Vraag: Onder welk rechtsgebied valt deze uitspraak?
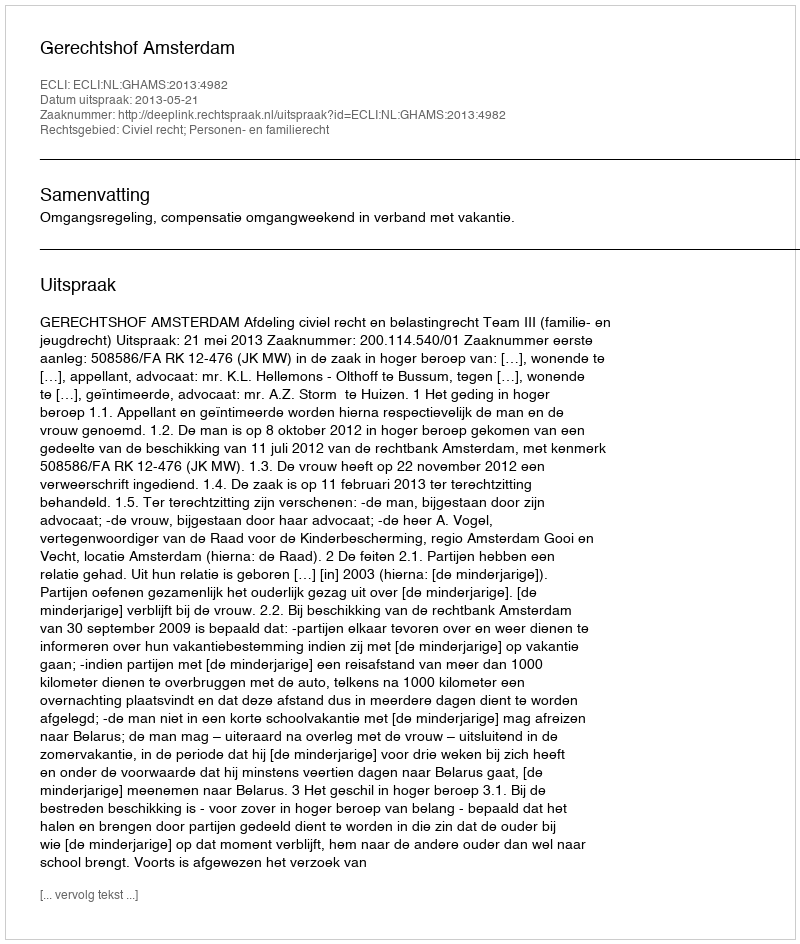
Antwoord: Civiel recht; Personen- en familierecht